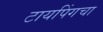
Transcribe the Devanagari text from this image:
टायपिंगचा